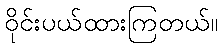
ဝိုင်းပယ်ထားကြတယ်။